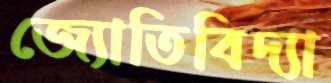
জ্যোতিবিদ্যা